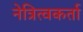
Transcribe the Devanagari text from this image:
नेत्रित्वकर्ता